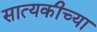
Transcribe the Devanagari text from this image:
सात्यकीच्या